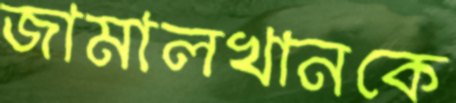
জামালখানকে